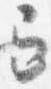
巳